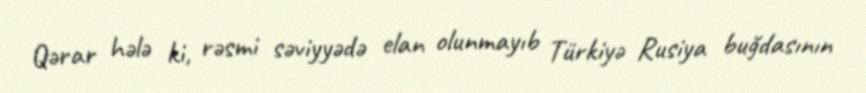
Qərar hələ ki, rəsmi səviyyədə elan olunmayıb Türkiyə Rusiya buğdasının